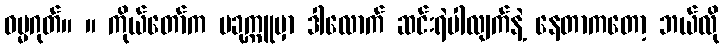
ဓမ္မဂုတ်။ ။ ကိုယ်တော်က ပခုက္ကူမှာ ဒါလောက် ဆင်းရဲပါလျက်နဲ့ နေတာကတော့ ဘယ်လို